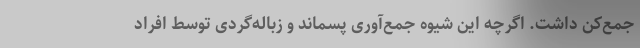
جمع‌کن داشت. اگرچه این شیوه جمع‌آوری پسماند و زباله‌گردی توسط افراد